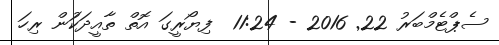
ސެޕްޓެމްބަރު 22